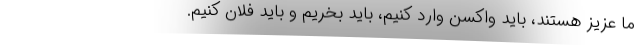
ما عزیز هستند، باید واکسن وارد کنیم، باید بخریم و باید فلان کنیم.